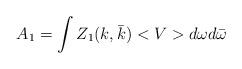
LaTeX: \begin{align*}A_1=\int Z_1(k,\bar k)<V>d\omega d\bar{\omega}\end{align*}